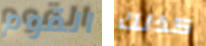
القوم كذلك